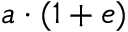
a \cdot ( 1 + e )